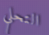
التحلي